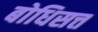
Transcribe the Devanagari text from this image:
बोधिसत्त